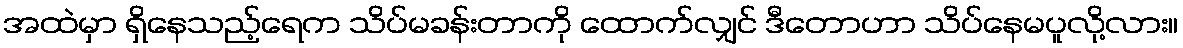
အထဲမှာ ရှိနေသည့်ရေက သိပ်မခန်းတာကို ထောက်လျှင် ဒီတောဟာ သိပ်နေမပူလို့လား။